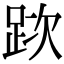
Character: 𨀥